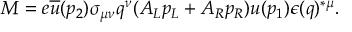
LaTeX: M = e \overline { { { u } } } ( p _ { 2 } ) \sigma _ { \mu \nu } q ^ { \nu } ( A _ { L } p _ { L } + A _ { R } p _ { R } ) u ( p _ { 1 } ) \epsilon ( q ) ^ { * \mu } .